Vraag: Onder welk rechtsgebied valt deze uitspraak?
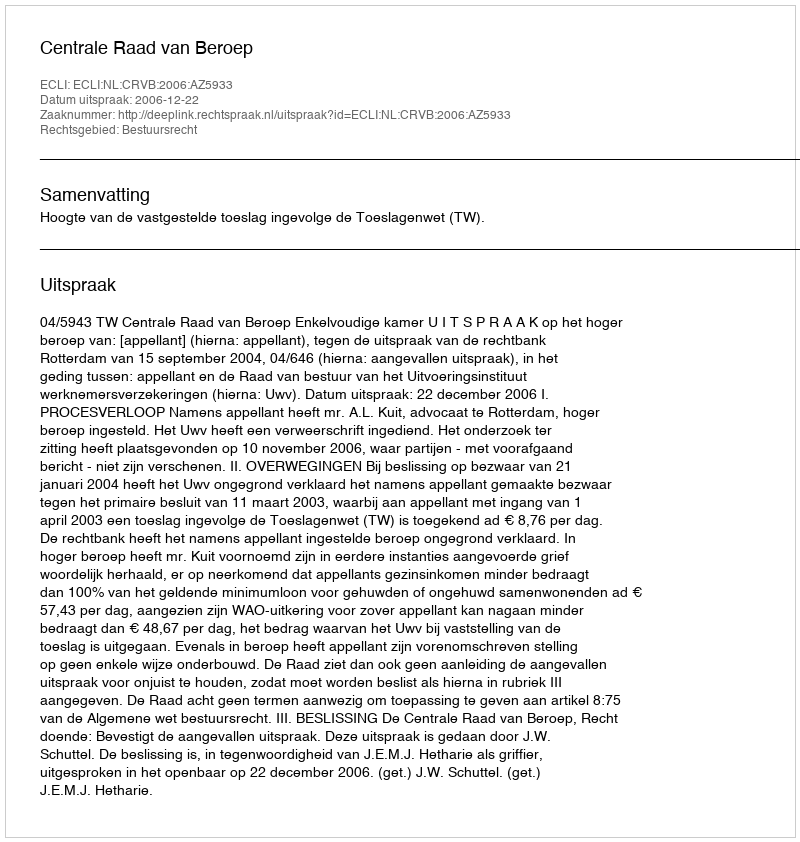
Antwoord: Bestuursrecht